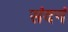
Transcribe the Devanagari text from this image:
संदनं